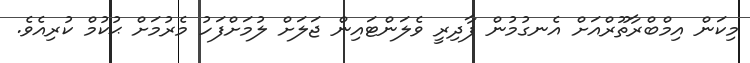
މިކަން އިމްބްރާތޫރްއަށް އެނގުމުން ފާދިރީ ވެލަންޓައިން ޖަލަށް ލުމަށްފަހު މެރުމަށް ޙުކުމް ކުރިއެވެ.